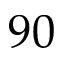
9 0